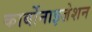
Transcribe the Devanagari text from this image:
कार्बोनाइज़ेशन